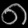
Digit: ၈